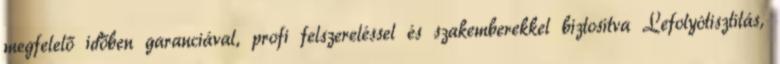
megfelelő időben garanciával, profi felszereléssel és szakemberekkel biztosítva Lefolyótisztítás,